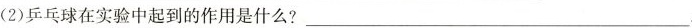
(2)乒乓球在实验中起到的作用是什么?___.